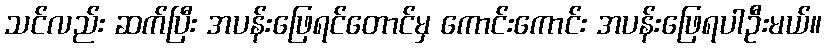
သင်လည်း ဆက်ပြီး အပန်းဖြေရင်တောင်မှ ကောင်းကောင်း အပန်းဖြေရပါဦးမယ်။